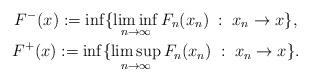
LaTeX: \begin{gather*}F^-(x):=\inf\{\liminf_{n\to\infty} F_n(x_n)\;:\;x_n\to x\},\\ F^+(x):=\inf\{\limsup_{n\to\infty} F_n(x_n)\;:\;x_n\to x\}. \end{gather*}